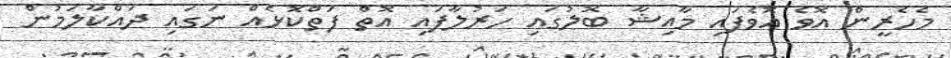
މެހެރީން އޮވެ އޮވެފައި މާއިޝާ ބޮލުގައި ހަރުލާފައި އޮތް ފަތްކޮޅެއް ނަގައި ދައްކާލަމުން